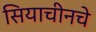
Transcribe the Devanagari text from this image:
सियाचीनचे